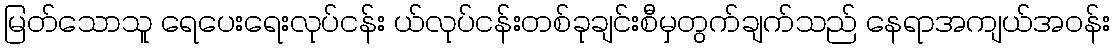
မြတ်သောသူ ရေပေးရေးလုပ်ငန်း ယ်လုပ်ငန်းတစ်ခုချင်းစီမှတွက်ချက်သည် နေရာအကျယ်အဝန်း